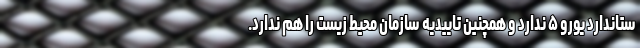
ستاندارد یورو ۵ ندارد و همچنین تاییدیه سازمان محیط زیست را هم ندارد.